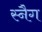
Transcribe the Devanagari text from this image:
स्नैग